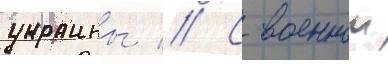
украины // С военнои